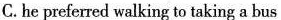
C.he preferred walking to taking a bus